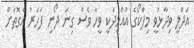
އަދްލީ ވިދާޅުވީ މިފްކޯގެ އުއްމީދަކީ ވީހާ ވެސް ގިނަ ދޯނި ފަހަރު އެގޮތަށް